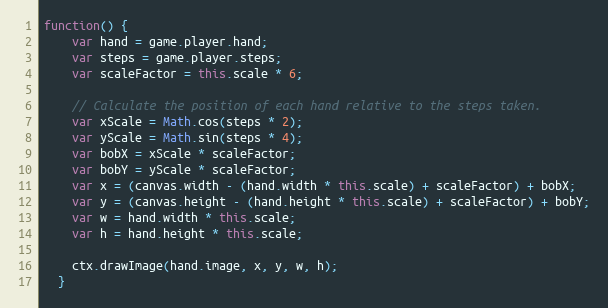
Language: JavaScript
function() {
    var hand = game.player.hand;
    var steps = game.player.steps;
    var scaleFactor = this.scale * 6;

    // Calculate the position of each hand relative to the steps taken.
    var xScale = Math.cos(steps * 2);
    var yScale = Math.sin(steps * 4);
    var bobX = xScale * scaleFactor;
    var bobY = yScale * scaleFactor;
    var x = (canvas.width - (hand.width * this.scale) + scaleFactor) + bobX;
    var y = (canvas.height - (hand.height * this.scale) + scaleFactor) + bobY;
    var w = hand.width * this.scale;
    var h = hand.height * this.scale;

    ctx.drawImage(hand.image, x, y, w, h);
  }